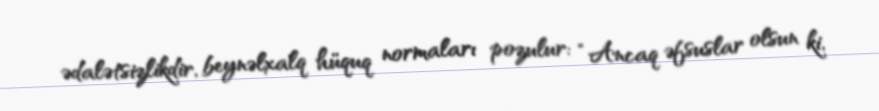
ədalətsizlikdir, beynəlxalq hüquq normaları pozulur: “Ancaq əfsuslar olsun ki,